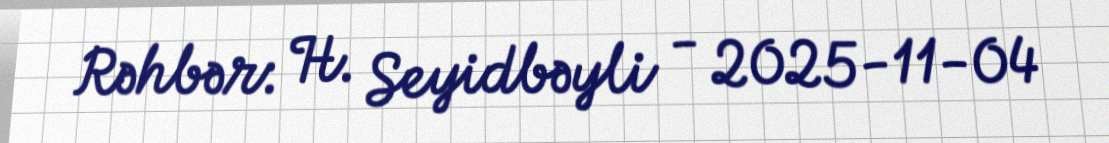
Rəhbər: H. Seyidbəyli - 2025-11-04